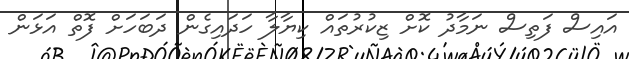
އައިސް ފަތިސް ނަމާދު ކޮށް ޒިކުރުތައް ކިޔާލާ ހަދައިގެން ދަބަހަށް ފޮތް އަޅަން